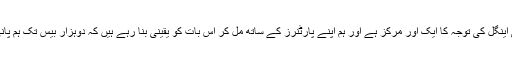
ہمارے لئے پانی بھی گولڈن ٹرائی اینگل کی توجہ کا ایک اور مرکز ہے اور ہم اپنے پارٹنرز کے ساتھ مل کر اس بات کو یقینی بنا رہے ہیں کہ دوہزار بیس تک ہم پانی کے لحاظ سے نیوٹرل ہو جائیں۔